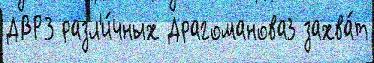
ДВРЗ разл'и́чных Драгоманова3 захва́т